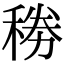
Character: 𥟎